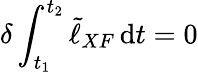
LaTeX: \delta\int_{t_{1}}^{t_{2}}\tilde{\ell}_{XF}\, \mathrm{d}t=0